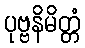
ပုဗ္ဗနိမိတ္တံ